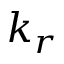
k _ { r }